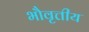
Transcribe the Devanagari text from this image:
भौवृत्तीय